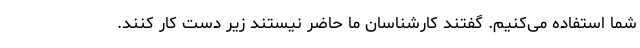
شما استفاده می‌کنیم. گفتند کارشناسان ما حاضر نیستند زیر دست کار کنند.